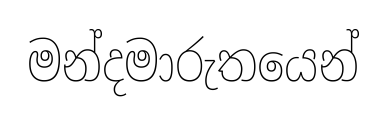
මන්දමාරුතයෙන්